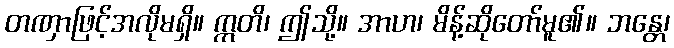
တဏှာဖြင့်အလိုမရှိ။ ဣတိ၊ ဤသို့။ အာဟ၊ မိန့်ဆိုတော်မူ၏။ ဘန္တေ၊